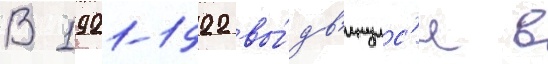
В 1921-1922 вы́дв'инулс'я в